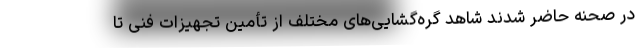
در صحنه حاضر شدند شاهد گره‌گشایی‌های مختلف از تأمین تجهیزات فنی تا